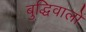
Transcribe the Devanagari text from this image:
बुद्धिवालों